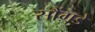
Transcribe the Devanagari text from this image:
सौंगडे